Scientific memoirs by medical officers of the Army of India - Part X,
Year: 1897
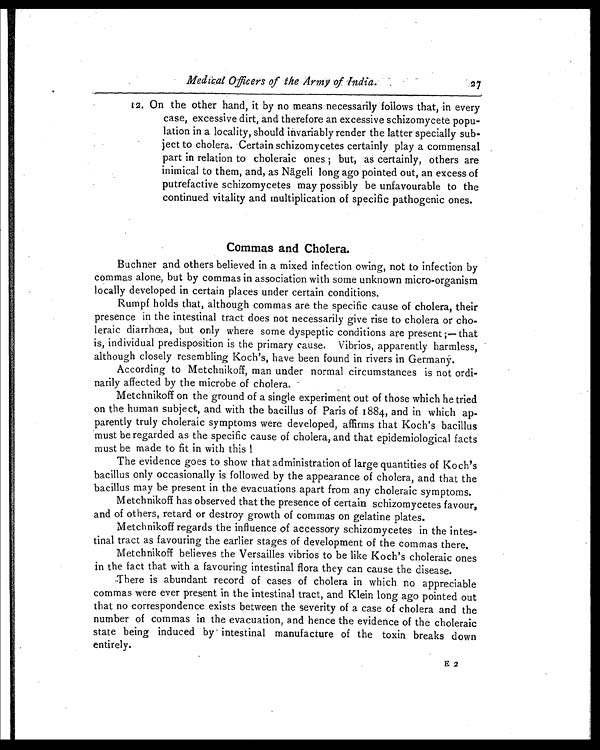
Medical Officers of the Army of India.
27
1 2 . O n t h e o t h e r h a n d , i t b y n o m e a n s n e c e s s a r i l y f o l l o w s t h a t , i n e v e r y
case, excessive dirt, and therefore an excessive schizomycete popu
-lation in a locality, should invariably render the latter specially sub-
ject to cholera. Certain schizomycetes certainly play a commensal
part in relation to choleraic ones; but, as certainly, others are
inimical to them, and, as Nägeli long ago pointed out, an excess of
putrefactive schizomycetes may possibly be unfavourable to the
continued vitality and multiplication of specific pathogenic ones.
Commas and Cholera.
Buchner and others believed in a mixed infection owing, not to infection by
commas alone, but by commas in association with some unknown micro-organism
locally developed in certain places under certain conditions.
Rumpf holds that, although commas are the specific cause of cholera, their
presence in the intestinal tract does not necessarily give rise to cholera or cho-
leraic diarrhœa, but only where some dyspeptic conditions are present;— that
is, individual predisposition is the primary cause. Vibrios, apparently harmless,
although closely resembling Koch's, have been found in rivers in Germany.
According to Metchnikoff, man under normal circumstances is not ordi-
narily affected by the microbe of cholera.
Metchnikoff on the ground of a single experiment out of those which he tried
on the human subject, and with the bacillus of Paris of 1884, and in which ap-
parently truly choleraic symptoms were developed, affirms that Koch's bacillus
must be regarded as the specific cause of cholera, and that epidemiological facts
must be made to fit in with this !
The evidence goes to show that administration of large quantities of Koch's
bacillus only occasionally is followed by the appearance of cholera, and that the
bacillus may be present in the evacuations apart from any choleraic symptoms.
Metchnikoff has observed that the presence of certain schizomycetes favour,
and of others, retard or destroy growth of commas on gelatine plates.
Metchnikoff regards the influence of accessory schizomycetes in the intes-
tinal tract as favouring the earlier stages of development of the commas there.
Metchnikoff believes the Versailles vibrios to be like Koch's choleraic ones
in the fact that with a favouring intestinal flora they can cause the disease.
There is abundant record of cases of cholera in which no appreciable
commas were ever present in the intestinal tract, and Klein long ago pointed out
that no correspondence exists between the severity of a case of cholera and the
number of commas in the evacuation, and hence the evidence of the choleraic
state being induced by intestinal manufacture of the toxin breaks down
entirely.
E 2